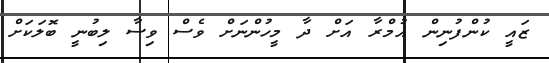
ޒައީ ކުންފުނިން އުމްރާ އަށް ދާ މީހުންނަށް ވެސް ވިސާ ލިބުނީ ބޮލަކަށް